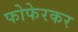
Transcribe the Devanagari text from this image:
फोफेरकर